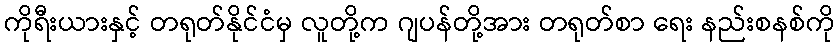
ကိုရီးယားနှင့် တရုတ်နိုင်ငံမှ လူတို့က ဂျပန်တို့အား တရုတ်စာ ရေး နည်းစနစ်ကို